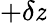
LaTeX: +\delta\mathit{z}